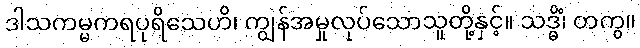
ဒါသကမ္မကရပုရိသေဟိ၊ ကျွန်အမှုလုပ်သောသူတို့နှင့်။ သဒ္ဓိံ၊ တကွ။